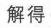
解得